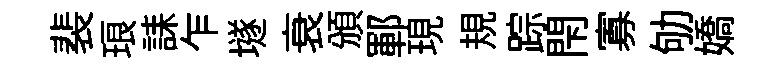
裴琅誄乍𡑞衰頒鄆現規踪閇寡劬嬌